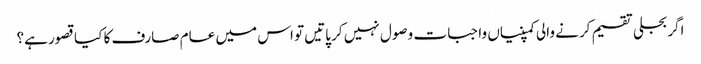
اگر بجلی تقسیم کرنے والی کمپنیاں واجبات وصول نہیں کر پاتیں تو اس میں عام صارف کا کیا قصور ہے؟